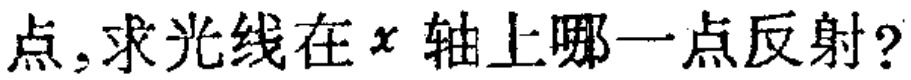
点,求光线在\(x\)轴上哪一点反射?